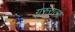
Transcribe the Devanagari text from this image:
गुरुरात्मा